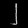
Digit: ၂